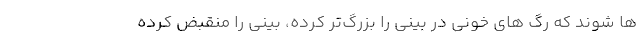
ها شوند که رگ های خونی در بینی را بزرگ‌تر کرده، بینی را منقبض کرده